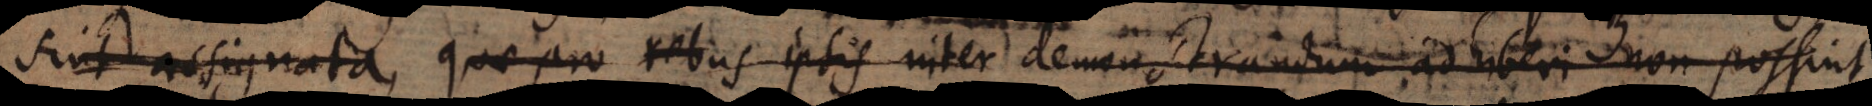
sunt assignata, quae pro rebus ipsis inter demonstrandum adhiberi non possint